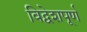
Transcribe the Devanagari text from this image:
विद्वेशपूर्ण